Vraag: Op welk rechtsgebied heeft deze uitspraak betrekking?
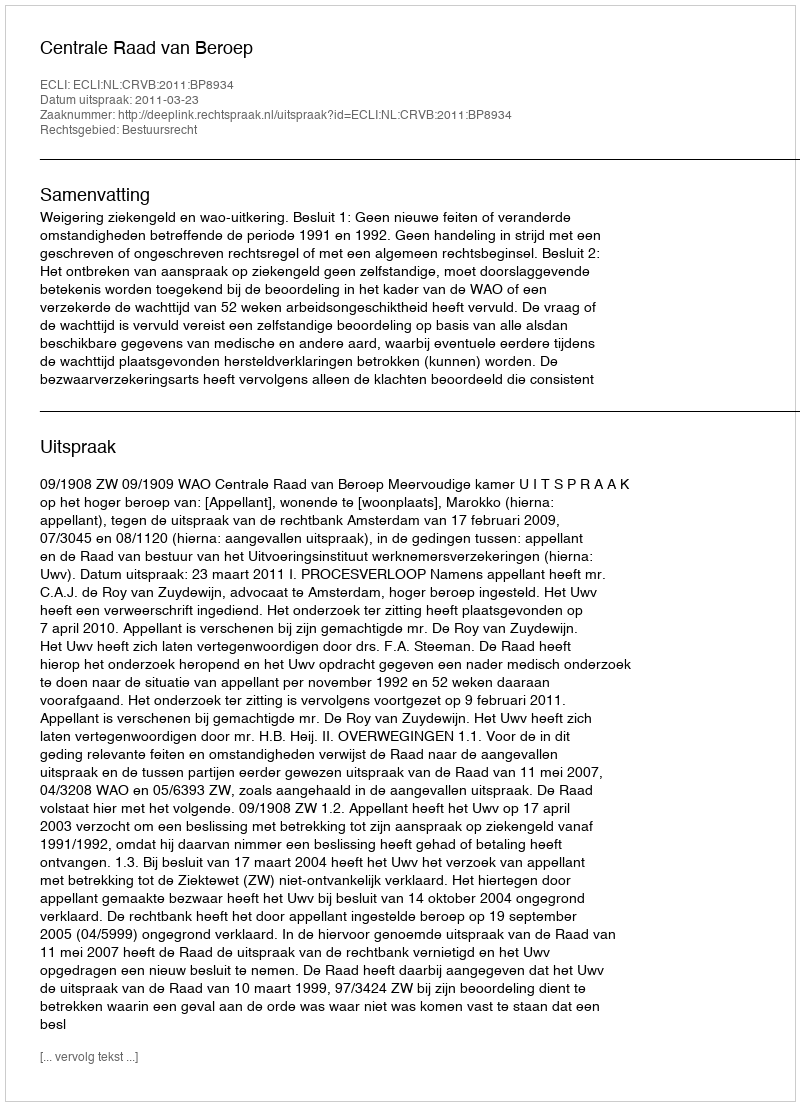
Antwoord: Bestuursrecht